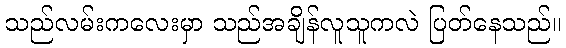
သည်လမ်းကလေးမှာ သည်အချိန်လူသူကလဲ ပြတ်နေသည်။